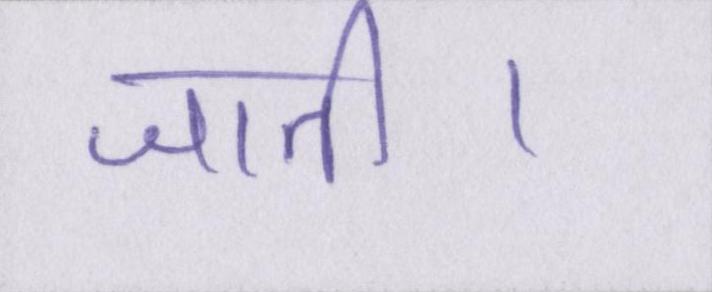
जाती।